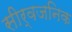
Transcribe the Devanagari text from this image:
सीर्वजनिक